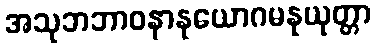
အသုဘဘာဝနာနုယောဂမနုယုတ္တာ